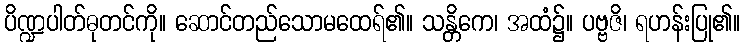
ပိဏ္ဍပါတ်ဓုတင်ကို။ ဆောင်တည်သောမထေရ်၏။ သန္တိကေ၊ အထံ၌။ ပဗ္ဗဇိ၊ ရဟန်းပြု၏။